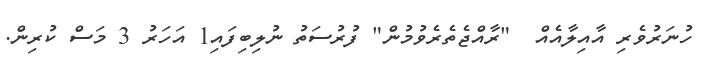
ހުނަރުވެރި އާއިލާއެއް  "ރާއްޖެތެރެވުމުން" ފުރުސަތު ނުލިބިފައި1 އަހަރު 3 މަސް ކުރިން.